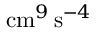
\mathrm { c m } ^ { 9 } \, \mathrm { s } ^ { - 4 }